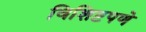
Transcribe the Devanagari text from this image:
विशिष्टपणे